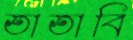
তাতাবি